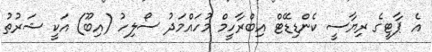
އެ ޕާޓީގެ ރިޔާސީ ކެންޑިޑޭޓް އިބްރާހީމް މުހައްމަދު ސޯލިހު (އިބޫ) އަކީ ޝަރުތު